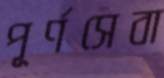
পূর্ণসেবা